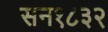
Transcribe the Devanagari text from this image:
सन१८३२